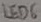
Text: LED6